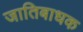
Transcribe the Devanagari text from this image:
जातिबाधक